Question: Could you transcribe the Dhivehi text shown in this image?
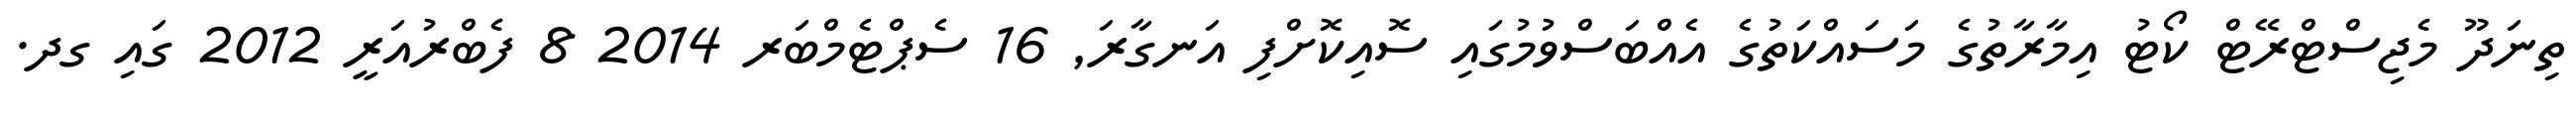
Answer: ތިނަދޫ މެޖިސްޓްރޭޓް ކޯޓު އިމާރާތުގެ މަސައްކަތުގެ އެއްބަސްވުމުގައި ސޮއިކޮށްފި އަނގާރަ, 16 ސެޕްޓެމްބަރ 2014 8 ފެބްރުއަރީ 2012 ގައި ގދ.